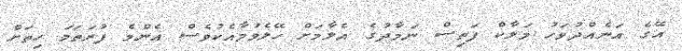
އޭގެ އަނެއްދުވަހު މަލާކް ފަތިސް ނަމާދުގެ އެލާމަށް ހޭލެވުމާއެކުވެސް އެންމެ ފުރަތަމަ ހިތަށް